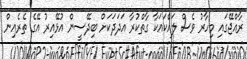
ރާއްޖޭގައި މިހާރު ވެސް ލައްކައަކާ ގާތްކުރާ އަދަދަކަށް ބިދޭސީން އުޅޭއިރު އޭގެ ތެރެއިން